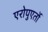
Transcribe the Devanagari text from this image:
एरोपुएर्तो